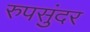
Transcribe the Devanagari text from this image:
रुपसुंदर